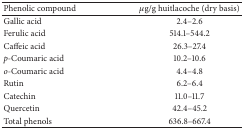
| Phenolic compound | μg/g huitlacoche (dry basis) |
 | --- | --- |
 | Gallic acid | 2.4–2.6 |
 | Ferulic acid | 514.1–544.2 |
 | Caffeic acid | 26.3–27.4 |
 | p-Coumaric acid | 10.2–10.6 |
 | o-Coumaric acid | 4.4–4.8 |
 | Rutin | 6.2–6.4 |
 | Catechin | 11.0–11.7 |
 | Quercetin | 42.4–45.2 |
 | Total phenols | 636.8–667.4 |